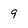
Character: 9